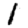
Digit: 1